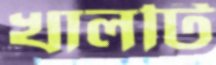
খালটি